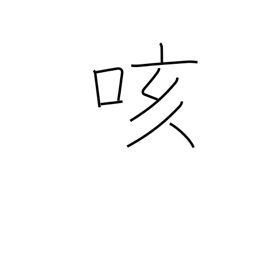
Meaning: cough